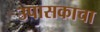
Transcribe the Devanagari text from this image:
उपासकाचा